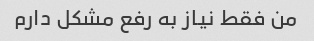
من فقط نیاز به رفع مشکل دارم